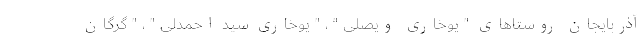
آذربایجان روستاهای " یوخاری ویصلی " ، " یوخاری سید احمدلی " ، " گرگان